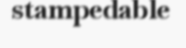
stampedable